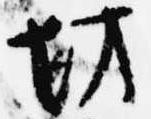
坊